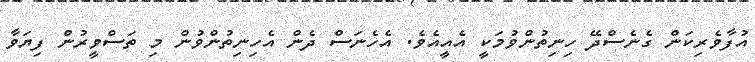
އުފާވެރިކަން ގެނެސްދޭ ހިނިތުންވުމަކީ އެއީއެވެ. އެހެނަސް ދެން އެހިނިތުންވުން މި ތަސްވީރުން ފިޔަވާ